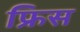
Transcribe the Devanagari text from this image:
फ्रिस